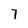
Character: 7